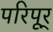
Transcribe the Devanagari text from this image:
परिपूर्